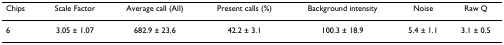
<table><thead><tr><td><b>Chips</b></td><td><b>Scale Factor</b></td><td><b>Average call (All)</b></td><td><b>Present calls (%)</b></td><td><b>Background intensity</b></td><td><b>Noise</b></td><td><b>Raw Q</b></td></tr></thead><tbody><tr><td>6</td><td>3.05 ± 1.07</td><td>682.9 ± 23.6</td><td>42.2 ± 3.1</td><td>100.3 ± 18.9</td><td>5.4 ± 1.1</td><td>3.1 ± 0.5</td></tr></tbody></table>